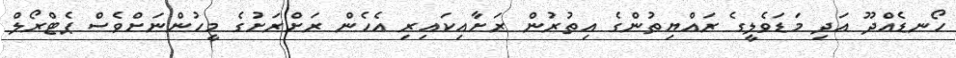
ހޯނޑެއްދޫ އަދި މަޑަވެލީގެ ރައްޔިތުންގެ އިތުރުން ރަށާއިކައިރި އެހެން ރަށްރަށުގެ މީހުންނަށްވެސް ޕެޓްރޯލް